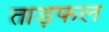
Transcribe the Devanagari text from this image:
ताड़फल